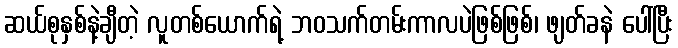
ဆယ်စုနှစ်နဲ့ချီတဲ့ လူတစ်ယောက်ရဲ့ ဘဝသက်တမ်းကာလပဲဖြစ်ဖြစ်၊ ဖျတ်ခနဲ ပေါ်ပြီး